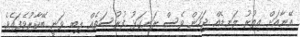
އޭނާއަށް އިތުރު ލަނޑެއް ޖަހަން ވެސް ރަނގަޅު ފުރުސަތެއް ލިބި ވަނީ ބޭކާރުވެފައެވެ.